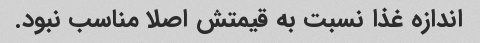
اندازه غذا نسبت به قیمتش اصلا مناسب نبود.